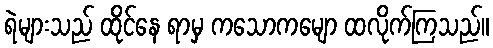
ရဲများသည် ထိုင်နေ ရာမှ ကသောကမျော ထလိုက်ကြသည်။